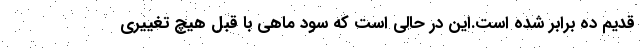
قدیم ده برابر شده است.این در حالی است که سود ماهی با قبل هیچ تغییری